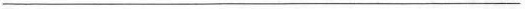
___